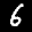
Label: 6